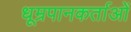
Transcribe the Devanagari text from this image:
धूम्रपानकर्ताओं